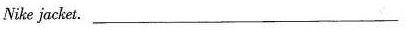
Nike jacket. ____________________